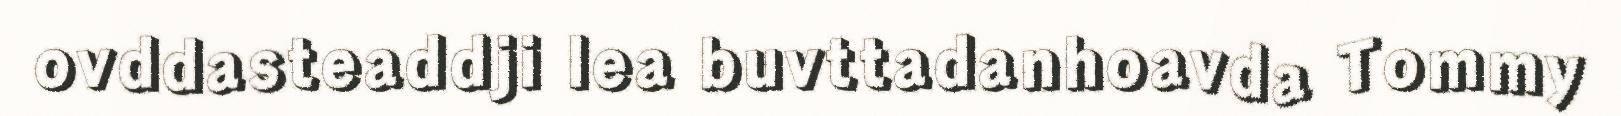
ovddasteaddji lea buvttadanhoavda Tommy